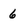
Character: 6